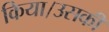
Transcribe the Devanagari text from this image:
किया।उसकी